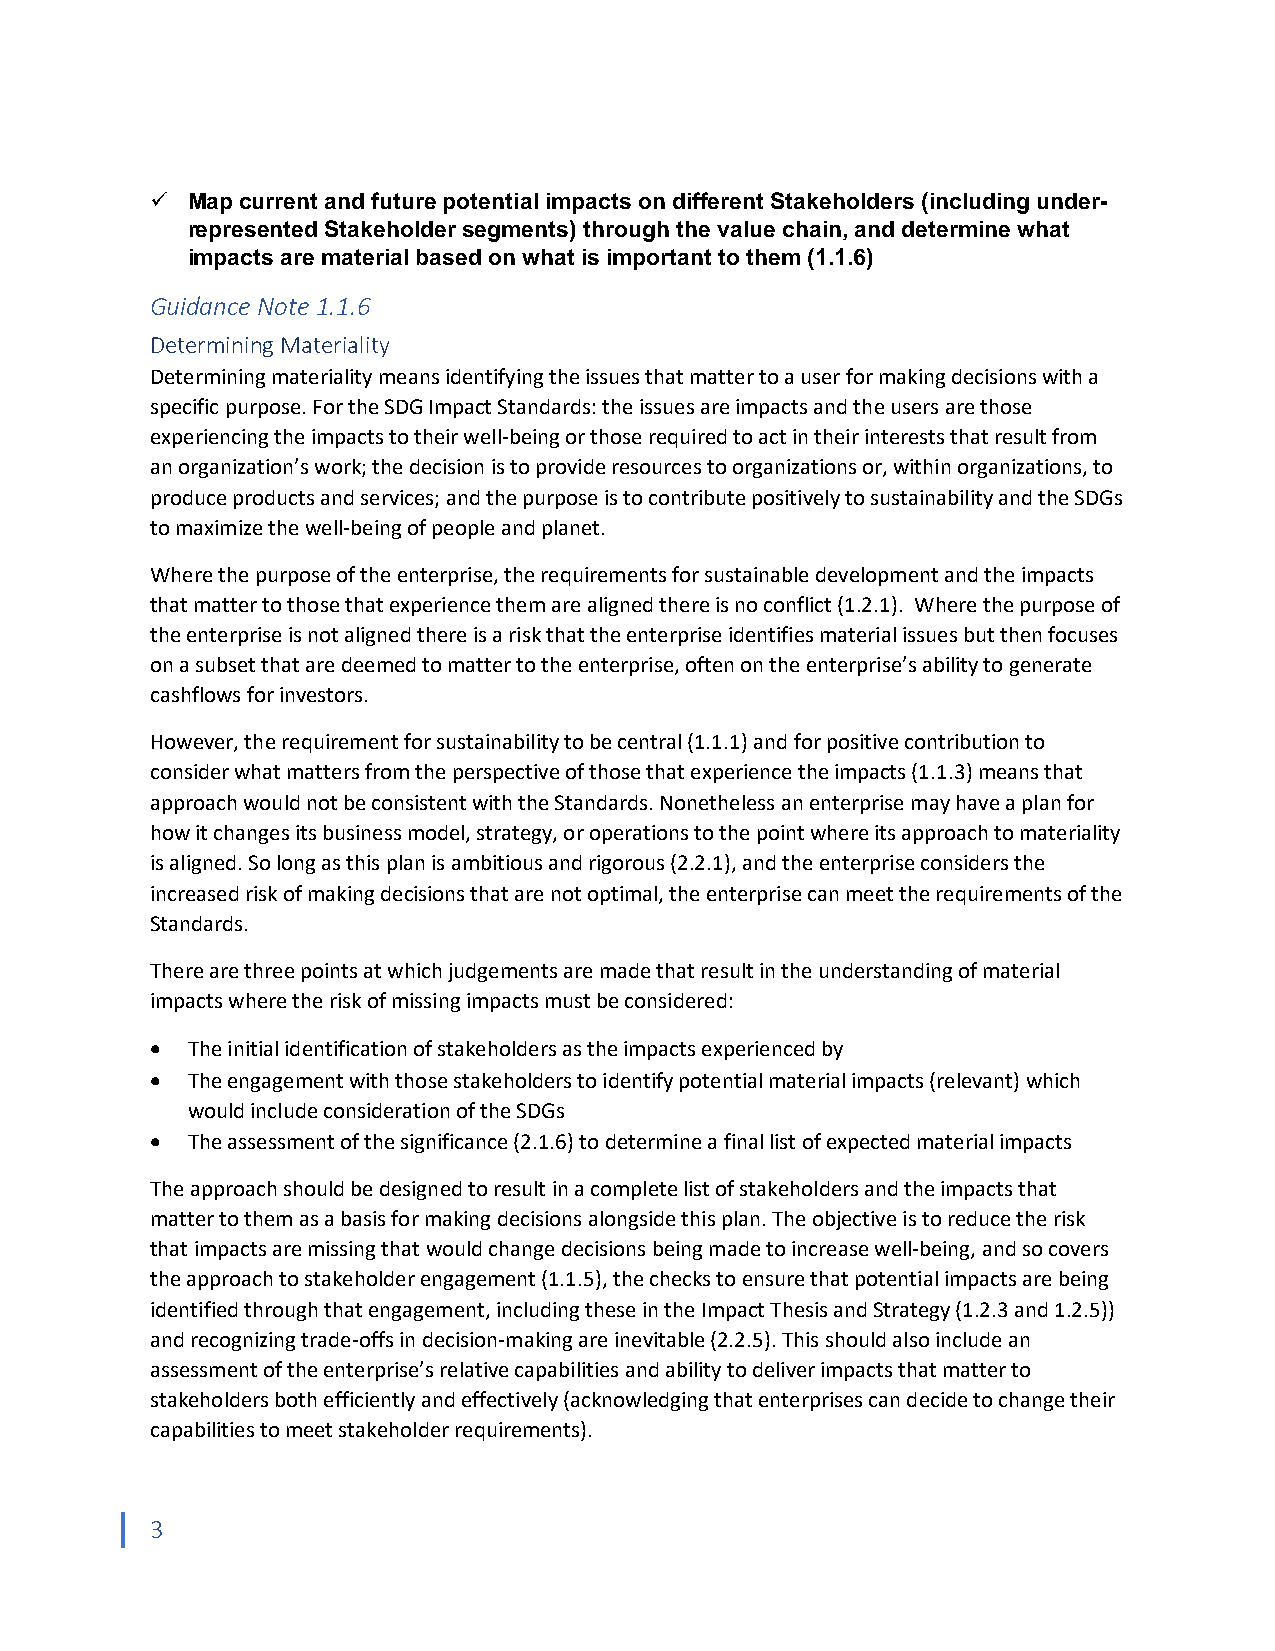
ü Map current and future potential impacts on different Stakeholders (including under-
 represented Stakeholder segments) through the value chain, and determine what
 impacts are material based on what is important to them (1.1.6)
 Guidance Note 1.1.6
 Determining Materiality
 Determining materiality means identifying the issues that matter to a user for making decisions with a
 specific purpose. For the SDG Impact Standards: the issues are impacts and the users are those
 experiencing the impacts to their well-being or those required to act in their interests that result from
 an organization’s work; the decision is to provide resources to organizations or, within organizations, to
 produce products and services; and the purpose is to contribute positively to sustainability and the SDGs
 to maximize the well-being of people and planet.
 Where the purpose of the enterprise, the requirements for sustainable development and the impacts
 that matter to those that experience them are aligned there is no conflict (1.2.1). Where the purpose of
 the enterprise is not aligned there is a risk that the enterprise identifies material issues but then focuses
 on a subset that are deemed to matter to the enterprise, often on the enterprise’s ability to generate
 cashflows for investors.
 However, the requirement for sustainability to be central (1.1.1) and for positive contribution to
 consider what matters from the perspective of those that experience the impacts (1.1.3) means that
 approach would not be consistent with the Standards. Nonetheless an enterprise may have a plan for
 how it changes its business model, strategy, or operations to the point where its approach to materiality
 is aligned. So long as this plan is ambitious and rigorous (2.2.1), and the enterprise considers the
 increased risk of making decisions that are not optimal, the enterprise can meet the requirements of the
 Standards.
 There are three points at which judgements are made that result in the understanding of material
 impacts where the risk of missing impacts must be considered:
 • The initial identification of stakeholders as the impacts experienced by
 • The engagement with those stakeholders to identify potential material impacts (relevant) which
 would include consideration of the SDGs
 • The assessment of the significance (2.1.6) to determine a final list of expected material impacts
 The approach should be designed to result in a complete list of stakeholders and the impacts that
 matter to them as a basis for making decisions alongside this plan. The objective is to reduce the risk
 that impacts are missing that would change decisions being made to increase well-being, and so covers
 the approach to stakeholder engagement (1.1.5), the checks to ensure that potential impacts are being
 identified through that engagement, including these in the Impact Thesis and Strategy (1.2.3 and 1.2.5))
 and recognizing trade-offs in decision-making are inevitable (2.2.5). This should also include an
 assessment of the enterprise’s relative capabilities and ability to deliver impacts that matter to
 stakeholders both efficiently and effectively (acknowledging that enterprises can decide to change their
 capabilities to meet stakeholder requirements).
 3